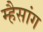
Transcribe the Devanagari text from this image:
म्हैसांग